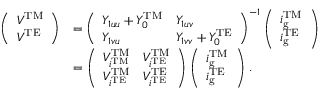
\begin{array} { r l } { \left( \begin{array} { l } { V ^ { \mathrm { T M } } } \\ { V ^ { \mathrm { T E } } } \end{array} \right) } & { = \left( \begin{array} { l l } { Y _ { 1 u u } + Y _ { 0 } ^ { \mathrm { T M } } } & { Y _ { 1 u v } } \\ { Y _ { 1 v u } } & { Y _ { 1 v v } + Y _ { 0 } ^ { \mathrm { T E } } } \end{array} \right) ^ { - 1 } \left( \begin{array} { l } { i _ { \mathrm { g } } ^ { \mathrm { T M } } } \\ { i _ { \mathrm { g } } ^ { \mathrm { T E } } } \end{array} \right) } \\ & { = \left( \begin{array} { l l } { V _ { i ^ { \mathrm { T M } } } ^ { \mathrm { T M } } } & { V _ { i ^ { \mathrm { T E } } } ^ { \mathrm { T M } } } \\ { V _ { i ^ { \mathrm { T E } } } ^ { \mathrm { T M } } } & { V _ { i ^ { \mathrm { T E } } } ^ { \mathrm { T E } } } \end{array} \right) \left( \begin{array} { l } { i _ { \mathrm { g } } ^ { \mathrm { T M } } } \\ { i _ { \mathrm { g } } ^ { \mathrm { T E } } } \end{array} \right) \, . } \end{array}